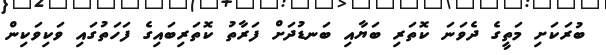
ބުރަަކަށި މަތީގެ ދެވަނަ ކޮތަރި ބަޔާއި ބަނޑުދަށް ފަރާތު ކޮތަރިބައިގެ ފަހަތުގައި ވަކިވަކިން